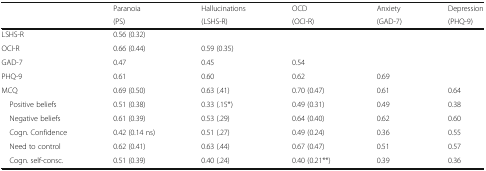
<table><thead><tr><td rowspan="2"></td><td><b>Paranoia</b></td><td><b>Hallucinations</b></td><td><b>OCD</b></td><td><b>Anxiety</b></td><td><b>Depression</b></td></tr><tr><td><b>(PS)</b></td><td><b>(LSHS-R)</b></td><td><b>(OCI-R)</b></td><td><b>(GAD-7)</b></td><td><b>(PHQ-9)</b></td></tr></thead><tbody><tr><td>LSHS-R</td><td>0.56 (0.32)</td><td></td><td></td><td></td><td></td></tr><tr><td>OCI-R</td><td>0.66 (0.44)</td><td>0.59 (0.35)</td><td></td><td></td><td></td></tr><tr><td>GAD-7</td><td>0.47</td><td>0.45</td><td>0.54</td><td></td><td></td></tr><tr><td>PHQ-9</td><td>0.61</td><td>0.60</td><td>0.62</td><td>0.69</td><td></td></tr><tr><td>MCQ</td><td>0.69 (0.50)</td><td>0.63 (.41)</td><td>0.70 (0.47)</td><td>0.61</td><td>0.64</td></tr><tr><td> Positive beliefs</td><td>0.51 (0.38)</td><td>0.33 (.15*)</td><td>0.49 (0.31)</td><td>0.49</td><td>0.38</td></tr><tr><td> Negative beliefs</td><td>0.61 (0.39)</td><td>0.53 (.29)</td><td>0.64 (0.40)</td><td>0.62</td><td>0.60</td></tr><tr><td> Cogn. Confidence</td><td>0.42 (0.14 ns)</td><td>0.51 (.27)</td><td>0.49 (0.24)</td><td>0.36</td><td>0.55</td></tr><tr><td> Need to control</td><td>0.62 (0.41)</td><td>0.63 (.44)</td><td>0.67 (0.47)</td><td>0.51</td><td>0.57</td></tr><tr><td> Cogn. self-consc.</td><td>0.51 (0.39)</td><td>0.40 (.24)</td><td>0.40 (0.21**)</td><td>0.39</td><td>0.36</td></tr></tbody></table>